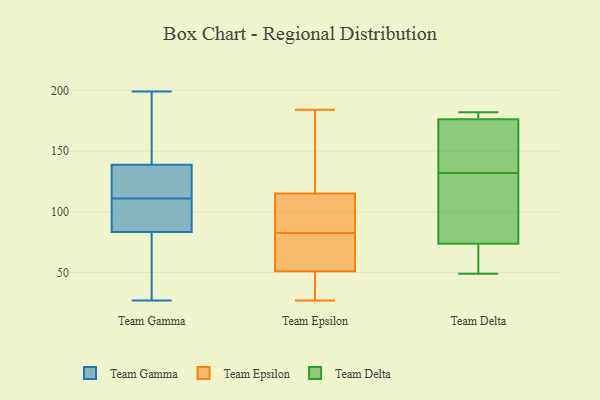
{"axis": {"x": "Energy Usage (MWh)", "y": "Value"}, "legend": ["Team Delta", "Team Epsilon", "Team Gamma"], "data": [{"x": "", "y": 37, "type": "Team Gamma"}, {"x": "", "y": 90, "type": "Team Gamma"}, {"x": "", "y": 138, "type": "Team Gamma"}, {"x": "", "y": 116, "type": "Team Gamma"}, {"x": "", "y": 111, "type": "Team Gamma"}, {"x": "", "y": 95, "type": "Team Gamma"}, {"x": "", "y": 139, "type": "Team Gamma"}, {"x": "", "y": 30, "type": "Team Gamma"}, {"x": "", "y": 94, "type": "Team Gamma"}, {"x": "", "y": 118, "type": "Team Gamma"}, {"x": "", "y": 181, "type": "Team Gamma"}, {"x": "", "y": 119, "type": "Team Gamma"}, {"x": "", "y": 27, "type": "Team Gamma"}, {"x": "", "y": 81, "type": "Team Gamma"}, {"x": "", "y": 109, "type": "Team Gamma"}, {"x": "", "y": 199, "type": "Team Gamma"}, {"x": "", "y": 186, "type": "Team Gamma"}, {"x": "", "y": 163, "type": "Team Gamma"}, {"x": "", "y": 68, "type": "Team Gamma"}, {"x": "", "y": 111, "type": "Team Epsilon"}, {"x": "", "y": 27, "type": "Team Epsilon"}, {"x": "", "y": 99, "type": "Team Epsilon"}, {"x": "", "y": 50, "type": "Team Epsilon"}, {"x": "", "y": 124, "type": "Team Epsilon"}, {"x": "", "y": 30, "type": "Team Epsilon"}, {"x": "", "y": 68, "type": "Team Epsilon"}, {"x": "", "y": 184, "type": "Team Epsilon"}, {"x": "", "y": 52, "type": "Team Epsilon"}, {"x": "", "y": 83, "type": "Team Epsilon"}, {"x": "", "y": 82, "type": "Team Epsilon"}, {"x": "", "y": 119, "type": "Team Epsilon"}, {"x": "", "y": 105, "type": "Team Delta"}, {"x": "", "y": 182, "type": "Team Delta"}, {"x": "", "y": 69, "type": "Team Delta"}, {"x": "", "y": 178, "type": "Team Delta"}, {"x": "", "y": 132, "type": "Team Delta"}, {"x": "", "y": 177, "type": "Team Delta"}, {"x": "", "y": 174, "type": "Team Delta"}, {"x": "", "y": 49, "type": "Team Delta"}, {"x": "", "y": 51, "type": "Team Delta"}, {"x": "", "y": 170, "type": "Team Delta"}, {"x": "", "y": 88, "type": "Team Delta"}]}